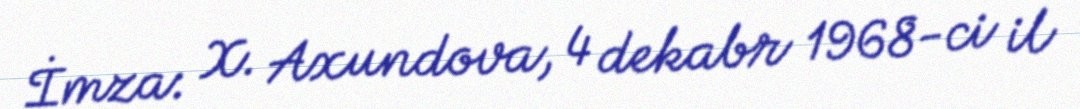
İmza: X. Axundova, 4 dekabr 1968-ci il